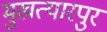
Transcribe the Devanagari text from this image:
मुखत्यारपुर